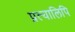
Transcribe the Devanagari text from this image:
प्रत्यालिपि